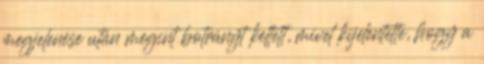
megjelenése után megint botrányt keltett, mivel kijelentette, hogy a